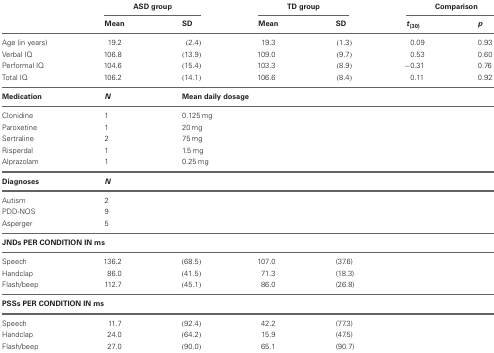
|  | <COLSPAN=2> ASD group | <COLSPAN=2> TD group | <COLSPAN=2> Comparison |
 |  | Mean | SD | Mean | SD | t(30) | p |
 | --- | --- | --- | --- | --- | --- | --- |
 | Age (in years) | 19.2 | (2.4) | 19.3 | (1.3) | 0.09 | 0.93 |
 | Verbal IQ | 106.8 | (13.9) | 109.0 | (9.7) | 0.53 | 0.60 |
 | Performal IQ | 104.6 | (15.4) | 103.3 | (8.9) | −0.31 | 0.76 |
 | Total IQ | 106.2 | (14.1) | 106.6 | (8.4) | 0.11 | 0.92 |
 | Medication | N | <COLSPAN=5> Mean daily dosage |
 | Clonidine | 1 | <COLSPAN=5> 0.125 mg |
 | Paroxetine | 1 | <COLSPAN=5> 20 mg |
 | Sertraline | 2 | <COLSPAN=5> 75 mg |
 | Risperdal | 1 | <COLSPAN=5> 1.5 mg |
 | Alprazolam | 1 | <COLSPAN=5> 0.25 mg |
 | Diagnoses | N |  |  |  |  |  |
 | Autism | 2 |  |  |  |  |  |
 | PDD-NOS | 9 |  |  |  |  |  |
 | Asperger | 5 |  |  |  |  |  |
 | <COLSPAN=7> JNDs PER CONDITION IN ms |
 | Speech | 136.2 | (68.5) | 107.0 | <COLSPAN=3> (37.6) |
 | Handclap | 86.0 | (41.5) | 71.3 | <COLSPAN=3> (18.3) |
 | Flash/beep | 112.7 | (45.1) | 86.0 | <COLSPAN=3> (26.8) |
 | <COLSPAN=7> PSSs PER CONDITION IN ms |
 | Speech | 11.7 | (92.4) | 42.2 | <COLSPAN=3> (77.3) |
 | Handclap | 24.0 | (64.2) | 15.9 | <COLSPAN=3> (47.5) |
 | Flash/beep | 27.0 | (90.0) | 65.1 | <COLSPAN=3> (90.7) |